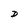
Character: D